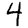
Digit: 4